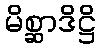
မိစ္ဆာဒိဋ္ဌိ